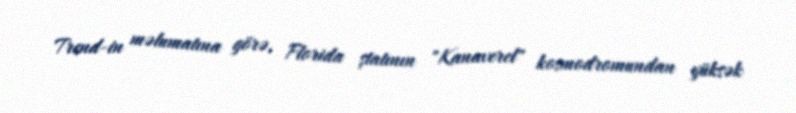
Trend-in məlumatına görə, Florida ştatının "Kanaverel" kosmodromundan yüksək